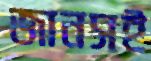
জানসই